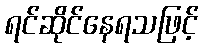
ရင်ဆိုင်နေရသဖြင့်